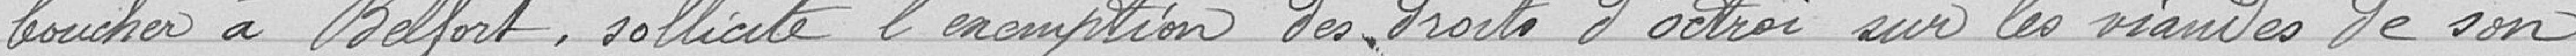
boucher à Belfort, sollicite l’exemption des droits d'octroi sur les viandes de son